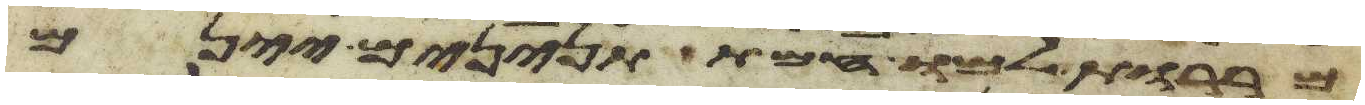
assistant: מררות למו חמת תנינים יינם